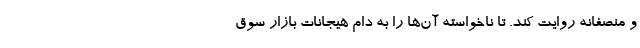
و منصفانه روایت کند. تا ناخواسته آن‌ها را به دام هیجانات بازار سوق